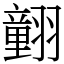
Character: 𦒍